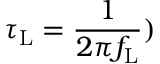
\tau _ { \mathrm { L } } = \frac { 1 } { 2 \pi f _ { \mathrm { L } } } )